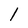
Character: l